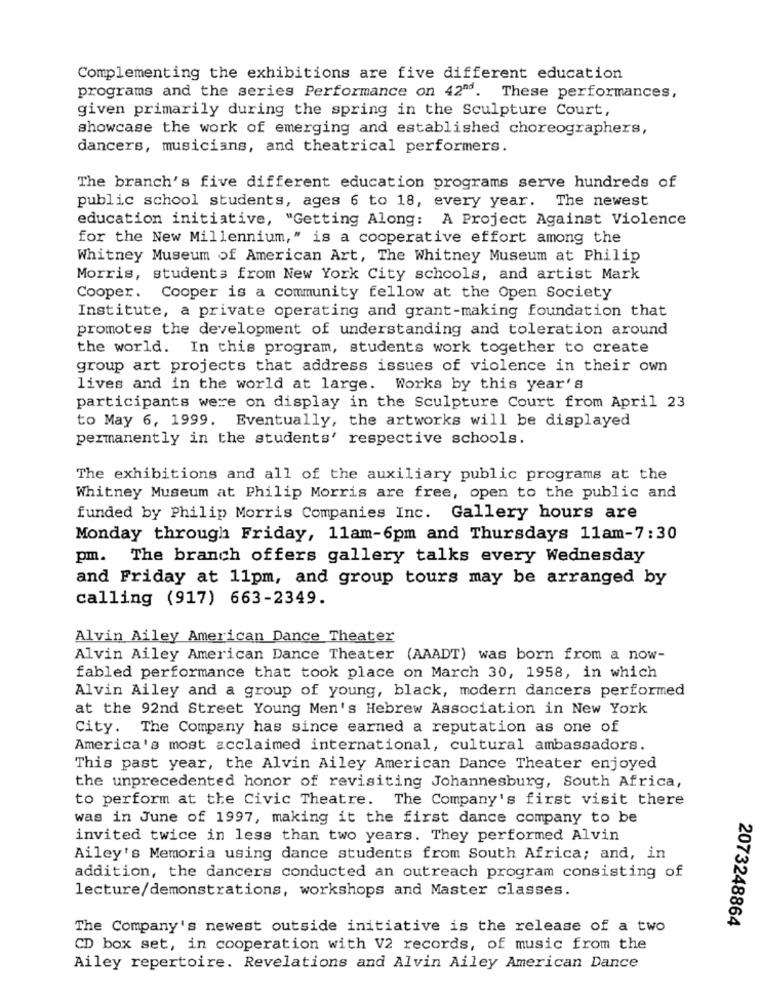
Complementing the exhibitions are five different education
programs and the series Performance on 42"d. These performances,
given primarily during the spring in the Sculpture Court,
showcase the work of emerging and established choreographers,
dancers, musicians, and theatrical performers.
The branch's five different education programs serve hundreds of
public school students, ages 6 to 18, every year. The newest
education initiative, "Getting Along: A Project Against Violence
for the New Millennium," is a cooperative effort among the
Whitney Museum of American Art, The Whitney Museum at Philip
Morris, students from New York City schools, and artist Mark
Cooper. Cooper is a community fellow at the Open Society
Institute, a private operating and grant-making foundation that
promotes the development of understanding and toleration around
the world. In this program, students work together to create
group art projects that address issues of violence in their own
lives and in the world at large. Works by this year's
participants were on display in the Sculpture Court from April 23
to May 6, 1999. Eventually, the artworks will be displayed
permanently in the students' respective schools.
The exhibitions and all of the auxiliary public programs at the
Whitney Museum at Philip Morris are free, open to the public and
funded by Philip Morris Companies Inc. Gallery hours are
Monday through Friday, 11am-6pm and Thursdays 11am-7:30
pm. The branch offers gallery talks every Wednesday
and Friday at 11pm, and group tours may be arranged by
calling (917) 663-2349.
Alvin Ailey American Dance Theater
Alvin Ailey American Dance Theater (AAADT) was born from a now-
fabled performance that took place on March 30, 1958, in which
Alvin Ailey and a group of young, black, modern dancers performed
at the 92nd Street Young Men's Hebrew Association in New York
City. The Company has since earned a reputation as one of
America's most acclaimed international, cultural ambassadors.
This past year, the Alvin Ailey American Dance Theater enjoyed
the unprecedented honor of revisiting Johannesburg, South Africa,
to perform at the Civic Theatre. The Company's first visit there
was in June of 1997, making it the first dance company to be
invited twice in less than two years. They performed Alvin
Ailey's Memoria using dance students from South Africa; and, in
addition, the dancers conducted an outreach program consisting of
lecture/demonstrations, workshops and Master classes.
2073248864
The Company's newest outside initiative is the release of a two
CD box set, in cooperation with V2 records, of music from the
Ailey repertoire. Revelations and Alvin Ailey American Dance